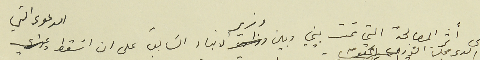
على أثر المصالحة التي تمت بيني وبين وزير الانباء الَسَابق على ان اسَقط الدعوى التي